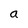
Character: a